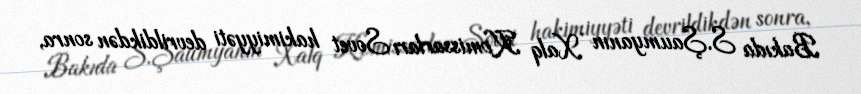
Bakıda S.Şaumyanın Xalq Komissarları Sovet hakimiyyəti devrildikdən sonra,